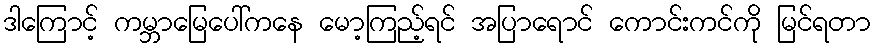
ဒါကြောင့် ကမ္ဘာမြေပေါ်ကနေ မော့ကြည့်ရင် အပြာရောင် ကောင်းကင်ကို မြင်ရတာ